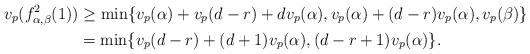
LaTeX: \begin{align*} v_p(f^2_{\alpha, \beta}(1)) &\geq \min \{ v_p(\alpha) + v_p(d-r) + d v_p(\alpha), v_p(\alpha) + (d-r) v_p(\alpha), v_p(\beta) \} \\ &= \min \{ v_p(d-r) + (d+1) v_p(\alpha), (d-r+1) v_p(\alpha)\}.\end{align*}